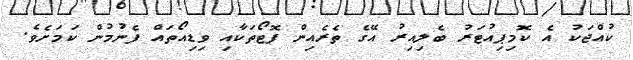
ކުއްޖަކު އެ ކޮމިޕިއުޓަރު ބެލިއިރު އޭގެ ތެރެއިން ފޮޓޯތަކާއި ވިޑިއޯތައް ފެނުމުން ކަމަށެވެ.